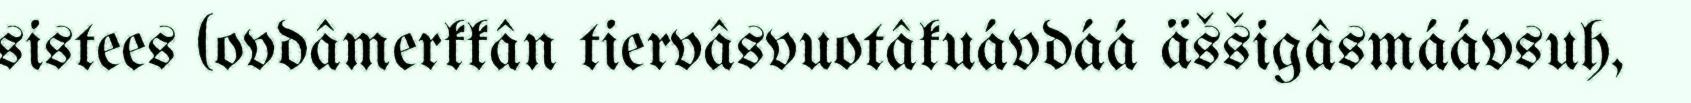
sistees (ovdâmerkkân tiervâsvuotâkuávdáá äššigâsmáávsuh,